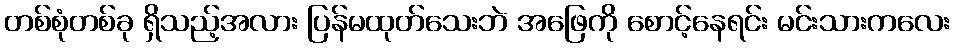
တစ်စုံတစ်ခု ရှိသည့်အလား ပြန်မထုတ်သေးဘဲ အဖြေကို စောင့်နေရင်း မင်းသားကလေး